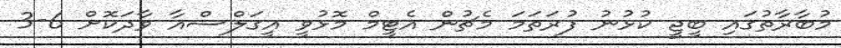
މުބާރާތުގައި ބީޖީ ކުޅުނު ފުރަތަމަ މެޗުން އެޓީމް މޮޅުވީ އީގަލްސްއާ ވާދަކޮށް 6-3